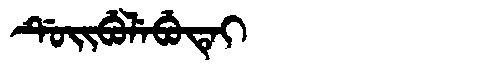
Manchu: ᡩᡠᡳᠪᡠᠯᡝᠪᡠᡨᡝᡳ
Romanization: DUIBULEBUTEI